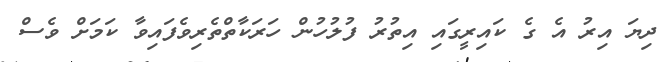
ދިޔަ އިރު އެ ގެ ކައިރީގައި އިތުރު ފުލުހުން ހަރަކާތްތެރިވެފައިވާ ކަމަށް ވެސް